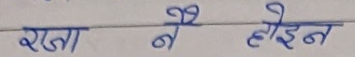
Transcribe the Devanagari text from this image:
राजा ने लाइन